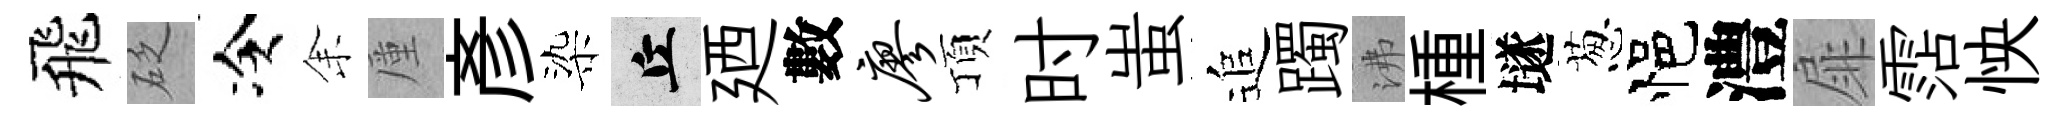
飛砭冷𪜬厪彥染丘廼數廖頂时蚩追躅沸㮔𡑞葱悒澧扉霑怏